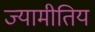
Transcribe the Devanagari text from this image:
ज्यामीतिय